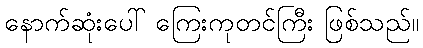
နောက်ဆုံးပေါ် ကြေးကုတင်ကြီး ဖြစ်သည်။